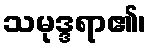
သမုဒ္ဒရာ၏၊